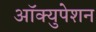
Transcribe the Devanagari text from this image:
ऑक्युपेशन